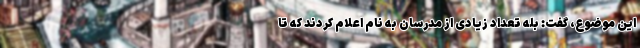
این موضوع، گفت: بله تعداد زیادی از مدرسان به نام اعلام کردند که تا